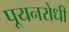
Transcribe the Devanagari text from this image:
पूयनरोधी